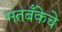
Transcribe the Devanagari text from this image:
मतबँकेचे